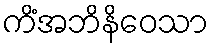
ကိံအဘိနိဝေသာ